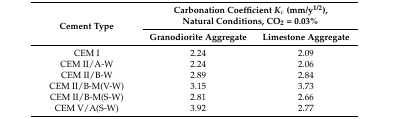
<table><thead><tr><td rowspan="2"><b>Cement Type</b></td><td colspan="2"><b>Carbonation Coefficient <i>K<sub>c</sub></i> (mm/y<sup>1/2</sup>), Natural Conditions, CO<sub>2</sub> = 0.03%</b></td></tr><tr><td><b>Granodiorite Aggregate</b></td><td><b>Limestone Aggregate</b></td></tr></thead><tbody><tr><td>CEM I</td><td>2.24</td><td>2.09</td></tr><tr><td>CEM II/A-W</td><td>2.24</td><td>2.06</td></tr><tr><td>CEM II/B-W</td><td>2.89</td><td>2.84</td></tr><tr><td>CEM II/B-M(V-W)</td><td>3.15</td><td>3.73</td></tr><tr><td>CEM II/B-M(S-W)</td><td>2.81</td><td>2.66</td></tr><tr><td>CEM V/A(S-W)</td><td>3.92</td><td>2.77</td></tr></tbody></table>